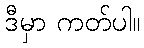
ဒီမှာ ကတ်ပါ။